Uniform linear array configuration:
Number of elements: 4
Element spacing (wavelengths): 0.75
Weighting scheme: blackman
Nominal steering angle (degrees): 60
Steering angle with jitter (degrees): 60.82
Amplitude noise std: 0.05
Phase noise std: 0.05

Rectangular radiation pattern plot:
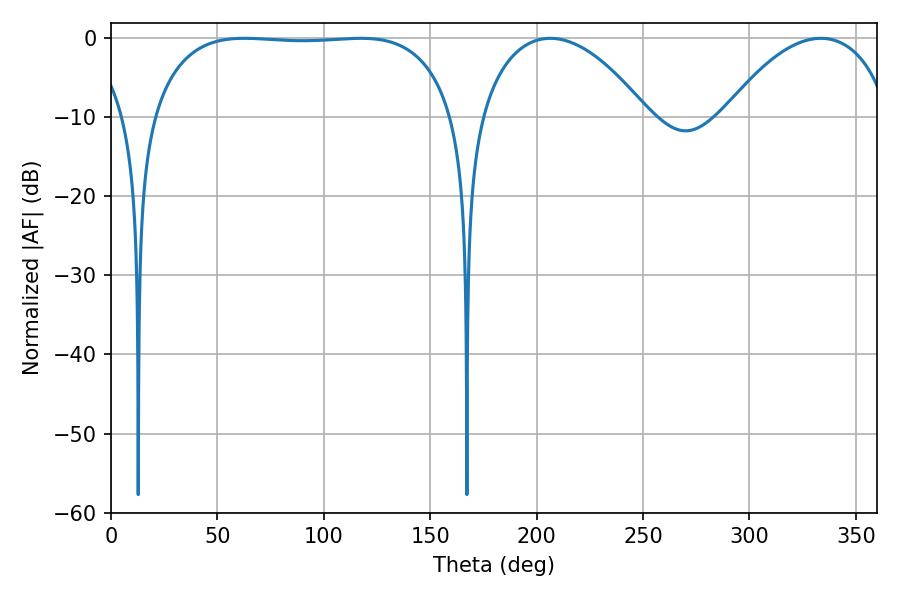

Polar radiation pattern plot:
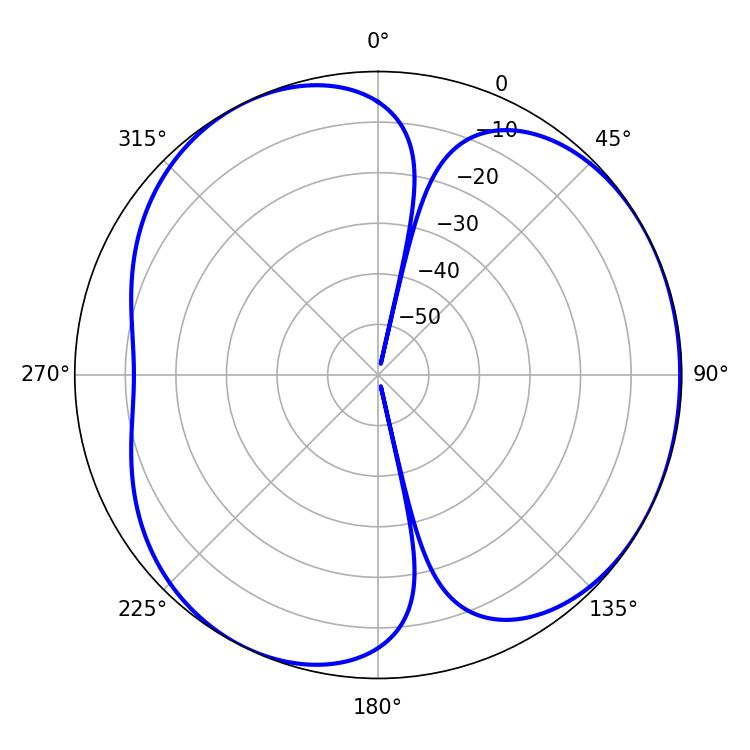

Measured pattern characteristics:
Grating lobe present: TRUE
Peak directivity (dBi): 4.172
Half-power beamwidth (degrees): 112.32
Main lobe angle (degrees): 62.64